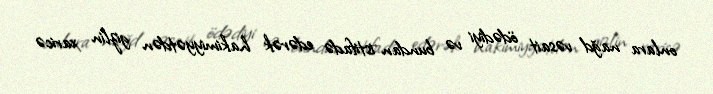
onlara nağd vəsait ödədiyi və bundan istifadə edərək hakimiyyətdən gizlin xaricə